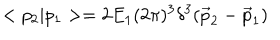
< p _ { 2 } | p _ { 1 } > = 2 E _ { 1 } ( 2 \pi ) ^ { 3 } \delta ^ { 3 } ( \vec { p } _ { 2 } - \vec { p } _ { 1 } )